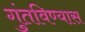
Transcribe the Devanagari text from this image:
गुंतविण्यास